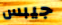
جيبس